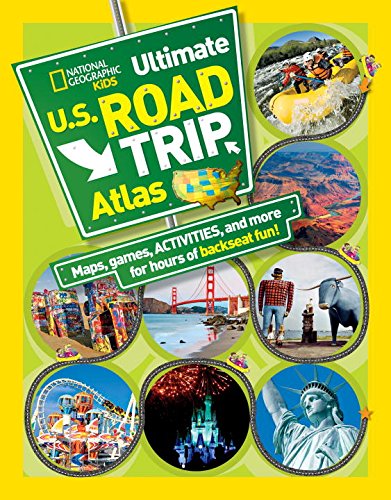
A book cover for National Geographic Kids Ultimate U.S. Road Trip Atlas: Maps, Games, Activities, and More for Hours of Backseat Fun; Crispin Boyer; Children's Books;